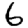
Digit: 6